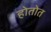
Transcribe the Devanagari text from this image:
होतोत